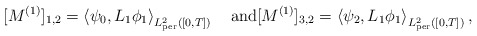
\begin{align*}[M^{(1)}]_{1,2}=\left<\psi_0,L_1\phi_1\right>_{L^2_{\rm per}([0,T])}\quad\textrm{and}[M^{(1)}]_{3,2}=\left<\psi_2,L_1\phi_1\right>_{L^2_{\rm per}([0,T])},\end{align*}